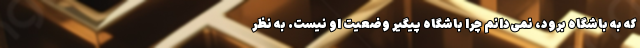
که به باشگاه برود، نمی‌دانم چرا باشگاه پیگیر وضعیت او نیست. به نظر